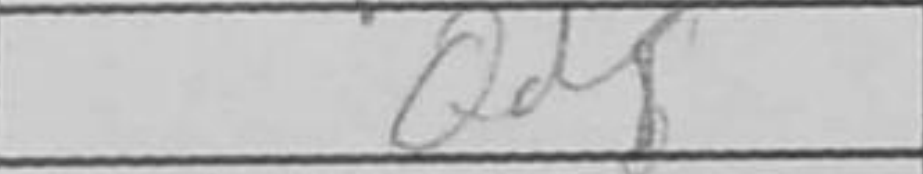
Transcription: Qd8